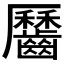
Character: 𪙪